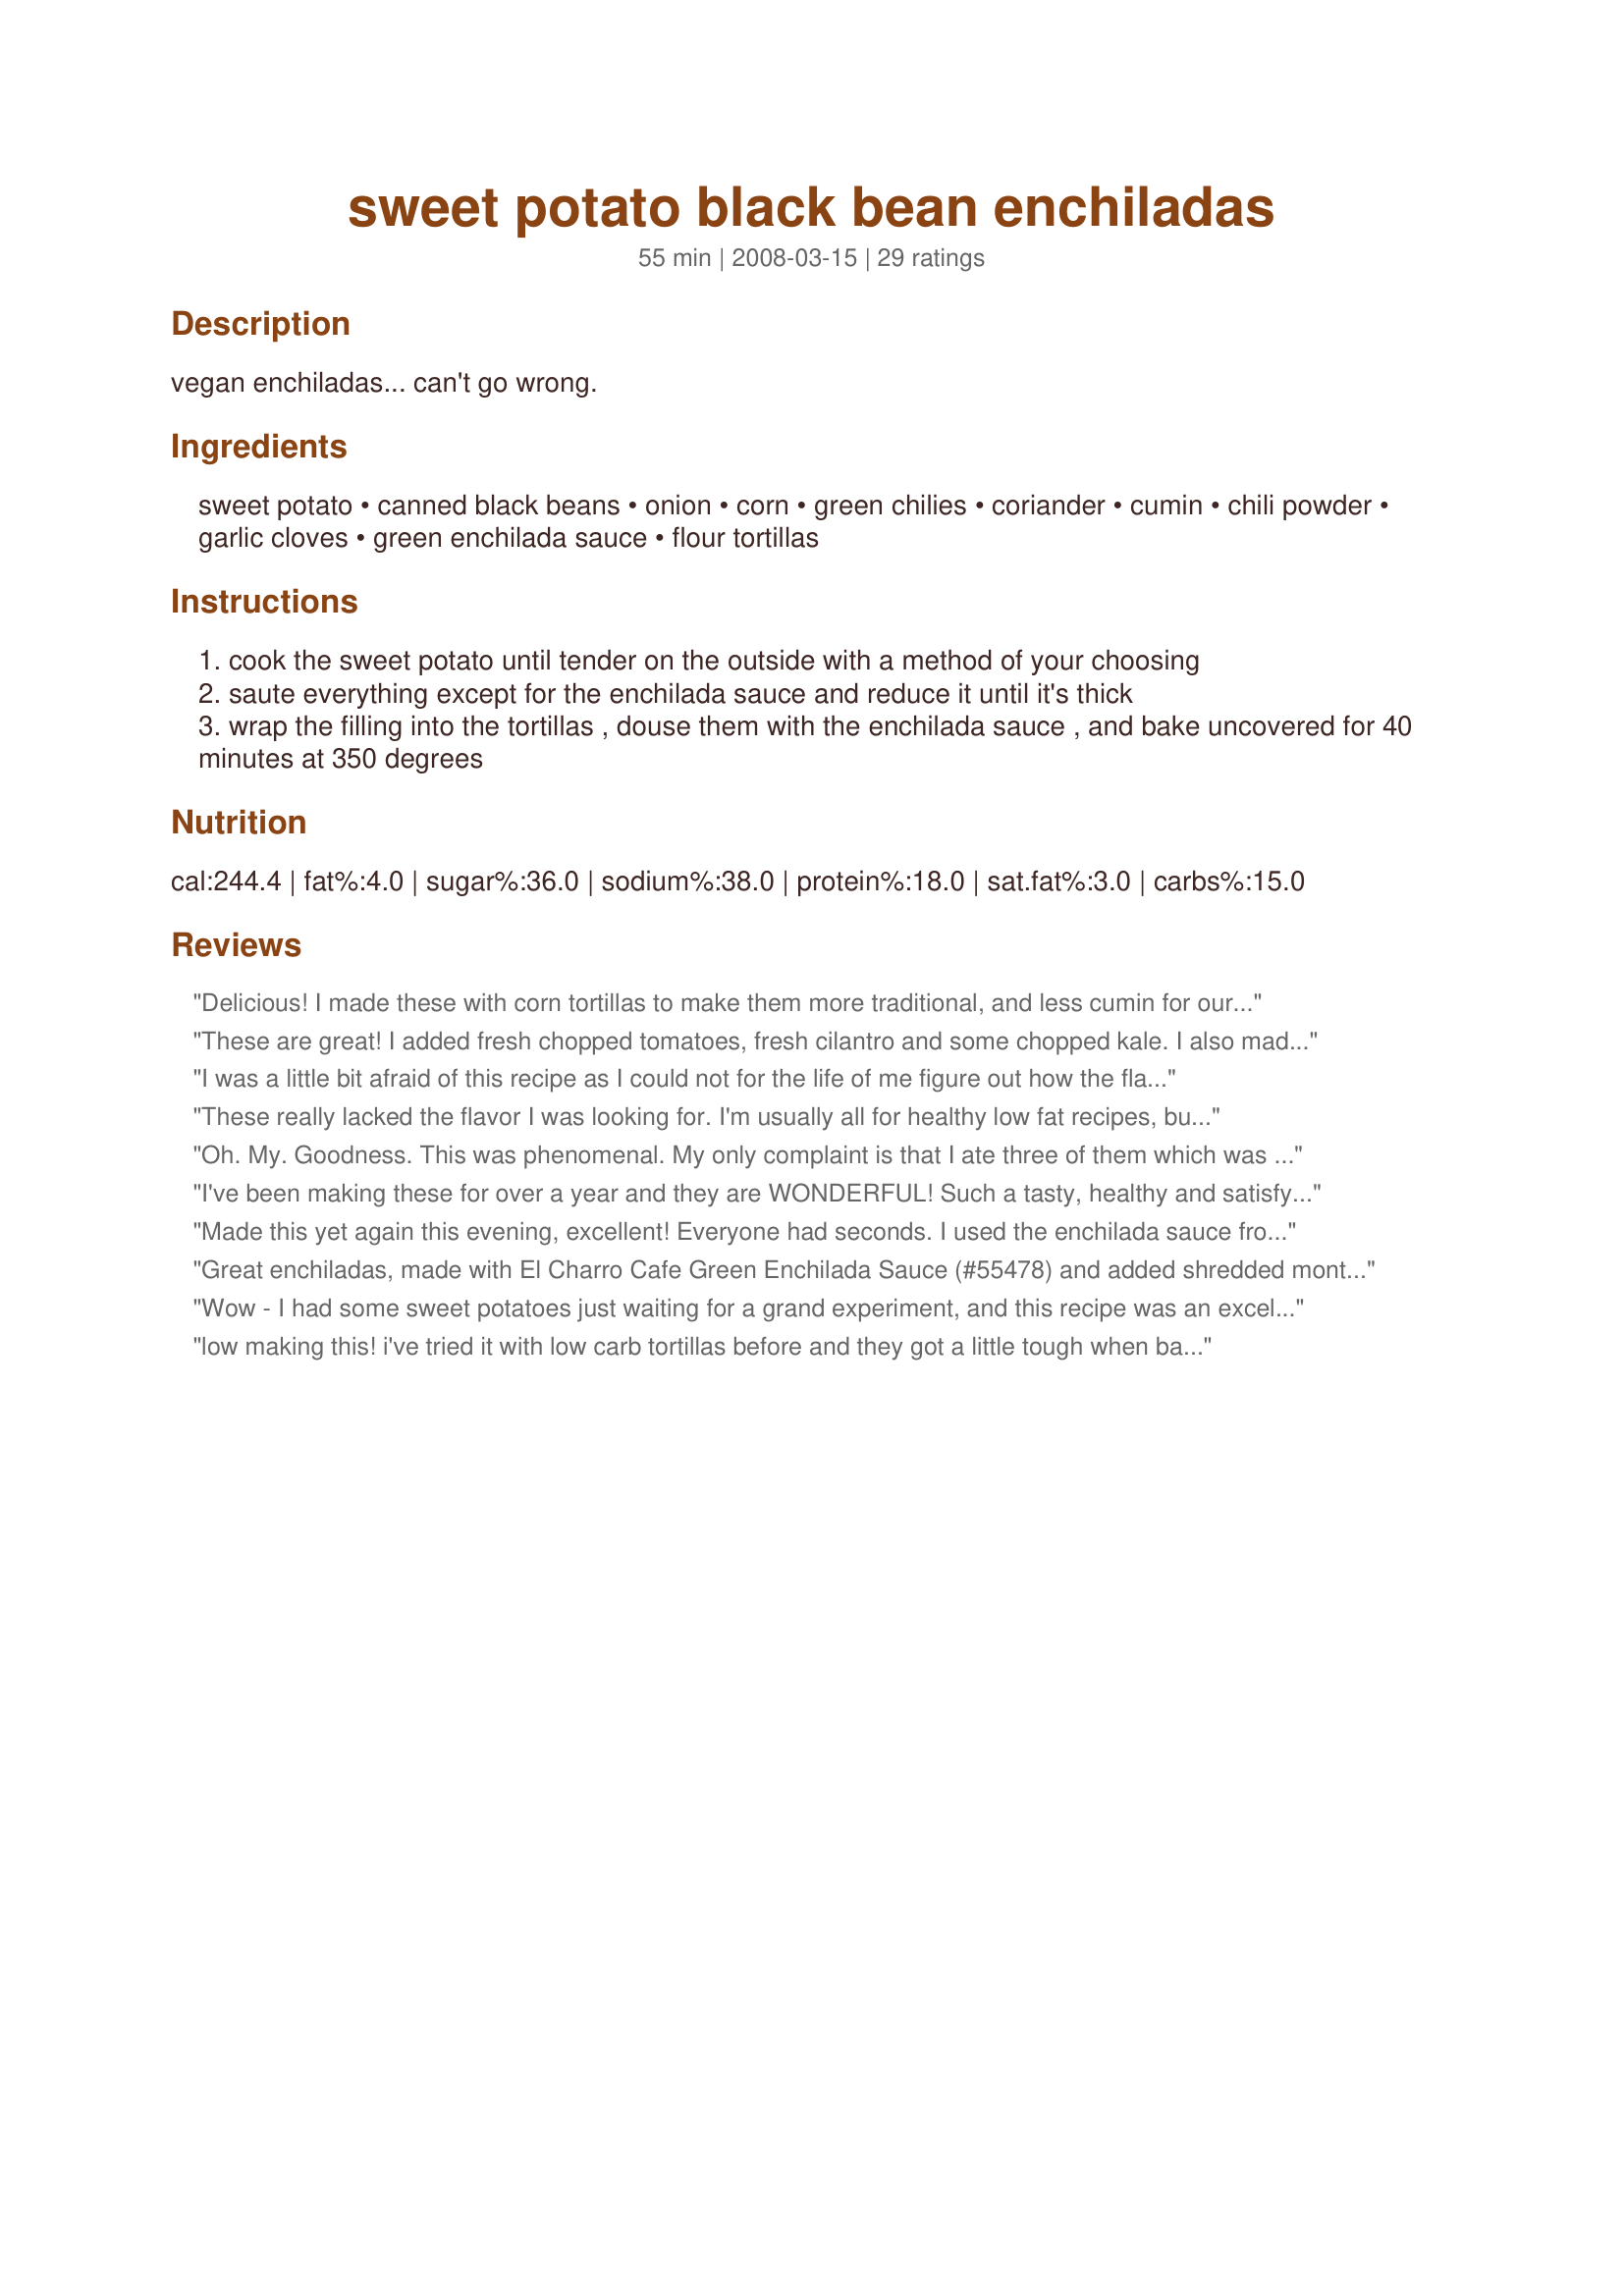
sweet potato black bean enchiladas
Preparation time: 55 minutes

vegan enchiladas... can't go wrong.

Ingredients:
sweet potato, canned black beans, onion, corn, green chilies, coriander, cumin, chili powder, garlic cloves, green enchilada sauce, flour tortillas

Steps:
cook the sweet potato until tender on the outside with a method of your choosing
saute everything except for the enchilada sauce and reduce it until it's thick
wrap the filling into the tortillas , douse them with the enchilada sauce , and bake uncovered for 40 minutes at 350 degrees

Reviews:
Delicious! I made these with corn tortillas to make them more traditional, and less cumin for our tastes. The sweet potato, corn and black beans pair so well with the chillies and green enchilada sauce (I would not use red enchilada sauce, or canned tomatoes, it would be a totally different dish). Everything is so perfect together, you really don&#039;t need any cheese or toppings (which actually overpower the beautiful flavor explosion). A definite favorite!
These are great! I added fresh chopped tomatoes, fresh cilantro and some chopped kale. I also made them more like burritos. Spread about 3 T. verde salsa/enchilada sauce on the bottom of a 9 x 13 baking dish, then roll up individual tortillas filled with mixture and place them on top. Coat top well with remaining verde salsa, making sure the top of each is completely "wet" at least (doesn't have to be thick,but this'll keep it from burning) before baking. I also used goat cheese on top because we like that. :)
I was a little bit afraid of this recipe as I could not for the life of me figure out how the flavors would meld, but I was intrigued at the same time. Made it following the recipe, but using only half the chili powder as my husband is a wimp when it comes to heat. Added some shredded Mexican blend cheese to the top. Oh my...these were SO DELICIOUS that I've been craving them ever since, so I'm making them again tonight. Fantastic recipe!
These really lacked the flavor I was looking for. I'm usually all for healthy low fat recipes, but this one needed something else and I just couldn't put my finger on it.
Oh. My. Goodness. This was phenomenal. My only complaint is that I ate three of them which was not what I intended for my diet. At least they're healthy! Perfect spice, perfect flavor, perfect texture and quite easy to make. I will make these again and again. Thank you!
I've been making these for over a year and they are WONDERFUL! Such a tasty, healthy and satisfying meal. I always make them just like the recipe and they never fail. Especially good with some sour cream and Siracha on top, and even better the next day for lunch.
Made this yet again this evening, excellent! Everyone had seconds. I used the enchilada sauce from #109685. I added some vegetables for texture: green and red peppers, fennel, cauliflower, mushrooms, frozen sweetcorn and peas. I fried the onions, garlic and fennel first, then added the other vegetables, mushrooms and beans last. Thanks for the recipe!
Great enchiladas, made with El Charro Cafe Green Enchilada Sauce (#55478) and added shredded monterey jack and cheddar cheese on top. So good, thanks!
Wow - I had some sweet potatoes just waiting for a grand experiment, and this recipe was an excellent choice - I didn't change a thing. And, I'm not even a vegan. Everyone loved them. Thanks so much.
low making this! i've tried it with low carb tortillas before and they got a little tough when baked. would recommend using flour tortillas. i usually put a lot of cheese on this too, but this dish can taste fine if it's vegan, too.
Yum! Followed the recipe very closely ... except I made with roasted sweet potatoes, doubled the spices due to personal preference and used red sauce. Healthy comfort food. Will make again.
Yum! It seemed that this recipe was pretty adaptable, so I changed it according to what I had. Used a sweet potato, frozen chopped onions, corn, rotel, and kidney beans (yeah, I know...really??). Saut&eacute;ed and put in corn tortillas, topped with salsa verde. Seved with sour cream. I will absolutely make this again!
I loved this. I couldn&#039;t believe that I liked enchiladas without cheese and sour cream. So healthy and delicious. Thank you
Whoa mama! Some advice- let these babies sit overnight before serving...the flavors develop and meld much better together! Whipped these together yesterday for my dinners this week while DH is away and tried the mixture after I got done cooking it...just so-so. Reheated one tonight for dinner, topped it with just a bit of 2% cheese, jalapenos and light sour cream (no vegans here) and snarfed it down!!! So good, so hearty. Will make often. Thanks so much for the change of pace Chef!
This was a really nice vegetarian alternative for enchiladas. I will definitely make this again.
This filling has phenomenal flavor! 
I too did not make the whole recipe, rating is only for the filling. Alone, topped with a bit of sour cream is a delicious side dish or lunch. (I didn't have corn, so I left it out & don't think that it was missed). I also gave it a finishing squirt of lime juice.
This was a quick and easy vegetarian enchilada recipes. We used Recipe #273750 273750 for the enchilada sauce, which was really yummy and added monterey jack cheese. Thanks!
These are absolutely delicious! My husband and I both loved these. Unfortunately, my kids both thought this was too spicy. I think the next time I make this for the family, I will leave out the chili powder - and spice up DH's and mine! :) I did add a bit of cheese to the top, simply because my kids wouldn't understand enchiladas without cheese. :) Definitely a keeper, thanks for posting!
This was very good. I would have given it 5 stars, but DH and DD2 would not eat it :-( Their loss. I made it 99% to the recipe. Per another reviewer, I cooked the sweet potato in a little water for 4 min in the microwave. I didn't feel comfortable just throwing all the ingredients in a skillet, so I used about 2 tsp of olive oil, sauteed the onion, added the garlic, then added the sweet potato, chilies, and spices (my coriander was OLD, so I added fresh cilantro), then the beans and corn last. Then I put the oven on to preheat, and cooked it for as long as that took. Again, per reviewer suggestion, I used my ricer to mash up the filling a bit. I had 8" soft corn tortillas on hand, so that's what I used. I tried to really stuff them, but I ran out. I used 2 small flour tortillas to use up the filling, but I still had some left over. I think this would easily make 6 or 8 enchiladas. I only had a 10 oz can of green enchilada sauce (BTW, Target sells this under their market pantry brand - the chili's too), so I used oil spray on the bottom of the casserole, then dumped the whole can on top. I cooked uncovered for 30 minutes, then added some jack and cheddar cheese to the top and cooked for an additional 5 minutes. Very yummy.
Yum!! I added a bunch of cilantro to the mix and made 4 large enchiladas instead of 5. I also topped with cheddar cheese before baking, and served with sour cream and green onions. DELICIOUS!
Wonderful. My DH, the meat eater, loved this. I spread a little of the enchilada sauce on the bottom of the pan before I put the enchiladas in the pan. Added the sauce on the top and then sprinkled 2% shredded Mexican Blend cheese on the top. So so good. I am moving this into my "Tried and True" file.
I made this following the recipe exactly, and we were pleasantly surprised. Actually, I didn't have the recipe with me and accidentally picked up a 16oz jar of salsa verde instead of enchilada sauce, but it came out fine. For my sweet potato, I diced it up and microwaved it with a small amount of water for 4 minutes on HIGH, to soften it up. I drained the corn and beans, too. I got 7 enchiladas out of this recipe, and they were very filling! I think I might mash up the filling a bit next time, as Chef #917984 mentioned, just so it's less chunky and more enchilada-ish. I served this with hot sauce (Cholula) and sour cream. This was a great vegetarian dinner (because I added the cheese) for us, that I will definitely make again, thanks!
This was great and so easy. I used only 1/4 tsp of cumin for personal preference and I was out of corn. I wanted these more like a wrap so I did not use the enchilada sauce either. I know I made quite a few changes but these were fantastic so I had to rate them. Thanks for the recipe.
Wow! These were SO good! I only had red enchilada sauce so I used that (2 cans) and I didn't have any green chilies. They were still outstanding! My hubby said they were his favorite enchiladas ever (and he's a meat eater so that's saying alot)!
I had some already cooked sweet potato to use up, so I cubed that, and followed the filling recipe pretty much as written. I didn't have any green chilies, so I skipped that. I rinsed my black beans before adding, but I'm not sure if that was what was intended. The mixture was a bit dry as a result. However, I LOVED the flavor. I ate the filling out of a bowl - straight up. Will try rolling and baking with sauce, but I have very high hopes based on how much I enjoyed the filling. Thanks so much for posting.
I skipped the chilies and corn, and added a can of diced tomatoes. I used sprouted beans, homemade whole wheat flour tortillas, corn tortillas (I don't eat wheat), and green salsa instead of enchilada sauce since that's what I could find at the store. I mashed the beans and potato so that it was mixed a bit more and less chunky for my kids. The filling was delicious by itself and I'm going to freeze the leftover filling (I doubled the recipe), I'll probably just eat it plain.
Yummy! Loved them and so did the hubby. Followed the recipe pretty much exactly plus cheese and served with cilantro and tomato. It's a keeper for us!
Yummmm...These were great. I did make some changes, I left out the corn, and green chilies, but sauteed a fresh jalapeno with the potato and bean mixture. I also added about a cup of shredded chicken that I wanted to use up. I opened my green enchilada sauce and low and behold it was red. They had labeled the can wrong. Used it anyway. I also topped the enchiladas with about a 1/2 cup of jalapeno jack cheese and chopped green onion. Super good! I'm looking forward to trying these with green sauce. Thanks for posting this really flexible recipe. I know what I'll serve if we need a vegan main dish.
My last review got cut off so I&#039;m trying this again :-) . I had reservations about this one but they turned out wonderfully. I have been searching for something a good vegetarian recipe that I could use to convince my boyfriend out of his hatred for sweet potatoes. Although the enchiladas were sweeter than I had expected, they did turn out well and had a unique flavor. I think next time I will add more beans or maybe cut down on the sweet potato so they aren&#039;t quite as sweet but that is just preference.
